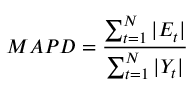
\ M A P D = { \frac { \sum _ { t = 1 } ^ { N } | E _ { t } | } { \sum _ { t = 1 } ^ { N } | Y _ { t } | } }